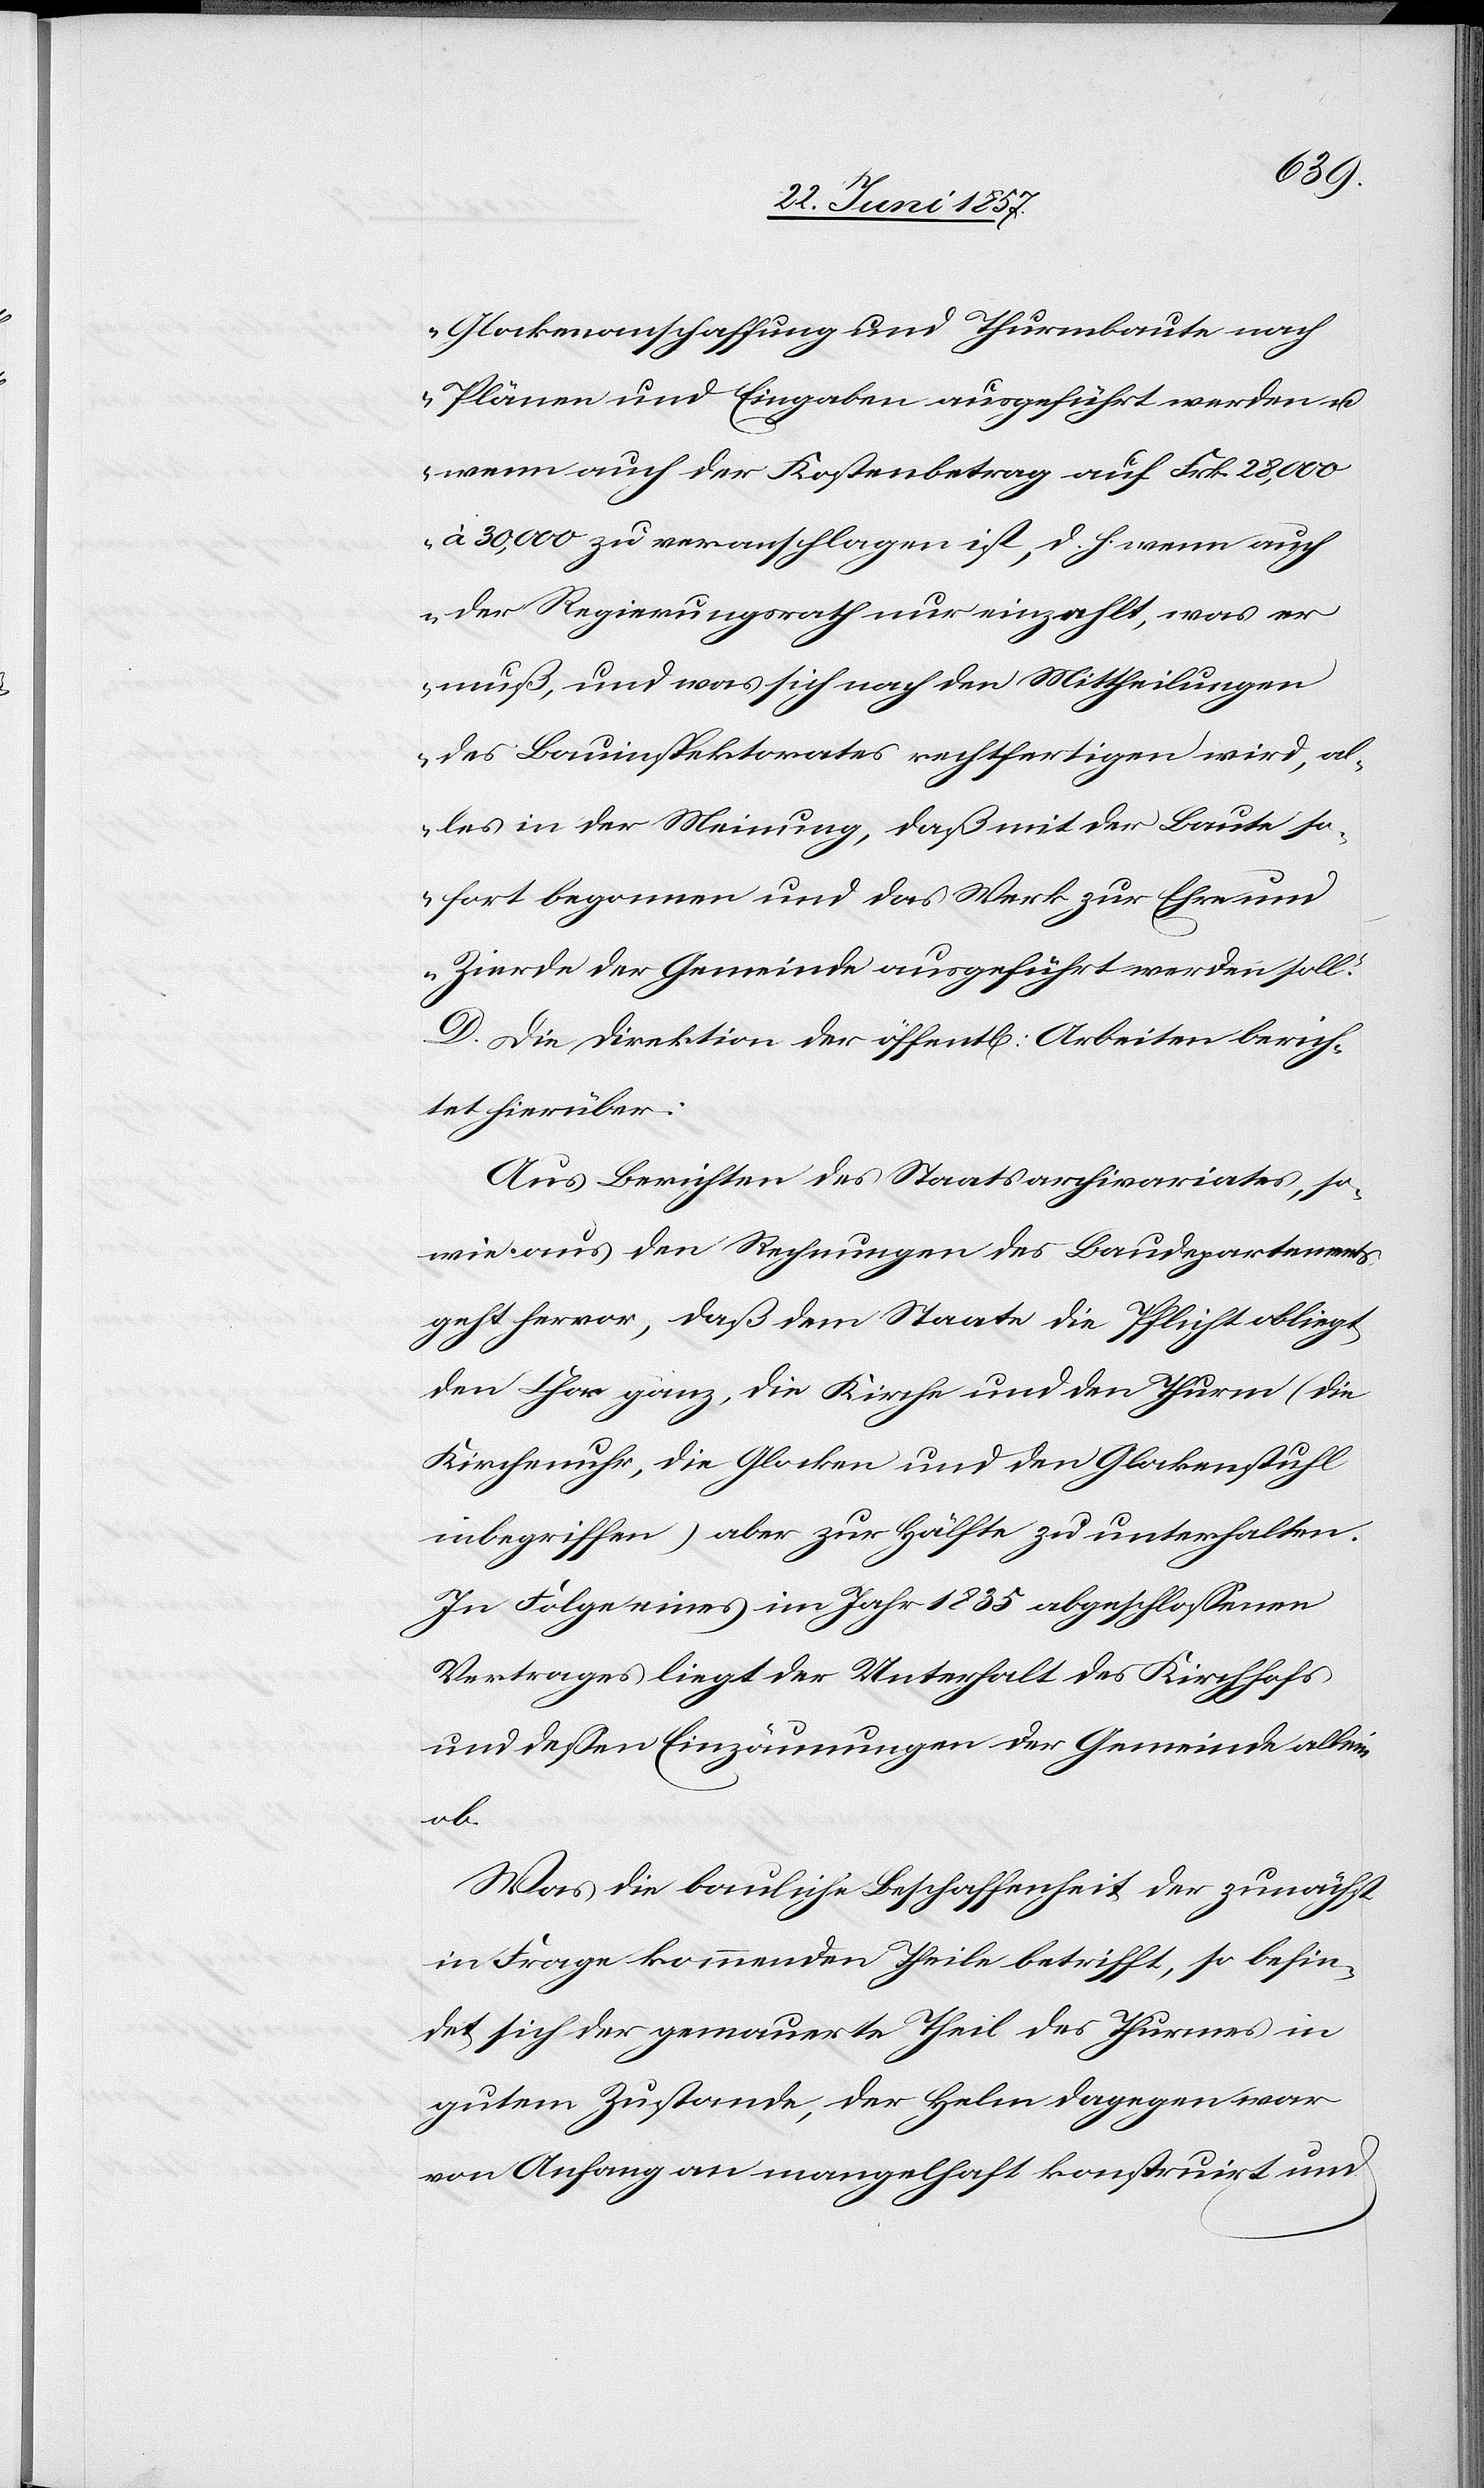
Glockenanschaffung und Thurmbaute nach
Plänen und Eingaben ausgeführt werden &
wenn auch der Kostenbetrag auf Frk. 28,000
à 30,000 zu veranschlagen ist, d. h. wenn auch
der Regierungsrath nur einzahlt, was er
muß, und was sich nach den Mittheilungen
des Bauinspektorates rechtfertigen wird, al¬
les in der Meinung, daß mit der Baute so¬
fort begonnen und das Werk zur Ehre und
Zierde der Gemeinde ausgeführt werden soll.“
D. Die Direktion der öffentl. Arbeiten berich¬
tet hierüber:
Aus Berichten des Staatsarchivariates, so¬
wie aus den Rechnungen des Baudepartements
geht hervor, daß dem Staate die Pflicht obliegt
den Chor ganz, die Kirche und den Thurm (die
Kirchenuhr, die Glocken und den Glockenstuhl
inbegriffen) aber zur Hälfte zu unterhalten.
In Folge eines im Jahr 1835 abgeschlossenen
Vertrages liegt der Unterhalt des Kirchhofs
und dessen Einzäunungen der Gemeinde allein
ob.
Was die bauliche Beschaffenheit der zunächst
in Frage kommenden Theile betrifft, so befin¬
det sich der gemauerte Theil des Thurmes in
gutem Zustande, der Helm dagegen war
von Anfang an mangelhaft konstruirt und